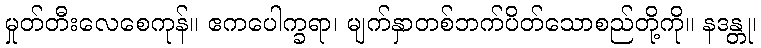
မှုတ်တီးလေစေကုန်။ ဧကပေါက္ခရာ၊ မျက်နှာတစ်ဘက်ပိတ်သောစည်တို့ကို။ နဒန္တု၊